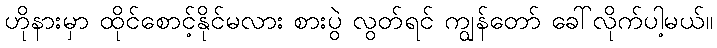
ဟိုနားမှာ ထိုင်စောင့်နိုင်မလား စားပွဲ လွတ်ရင် ကျွန်တော် ခေါ်လိုက်ပါ့မယ်။